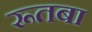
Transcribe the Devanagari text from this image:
रूतबा